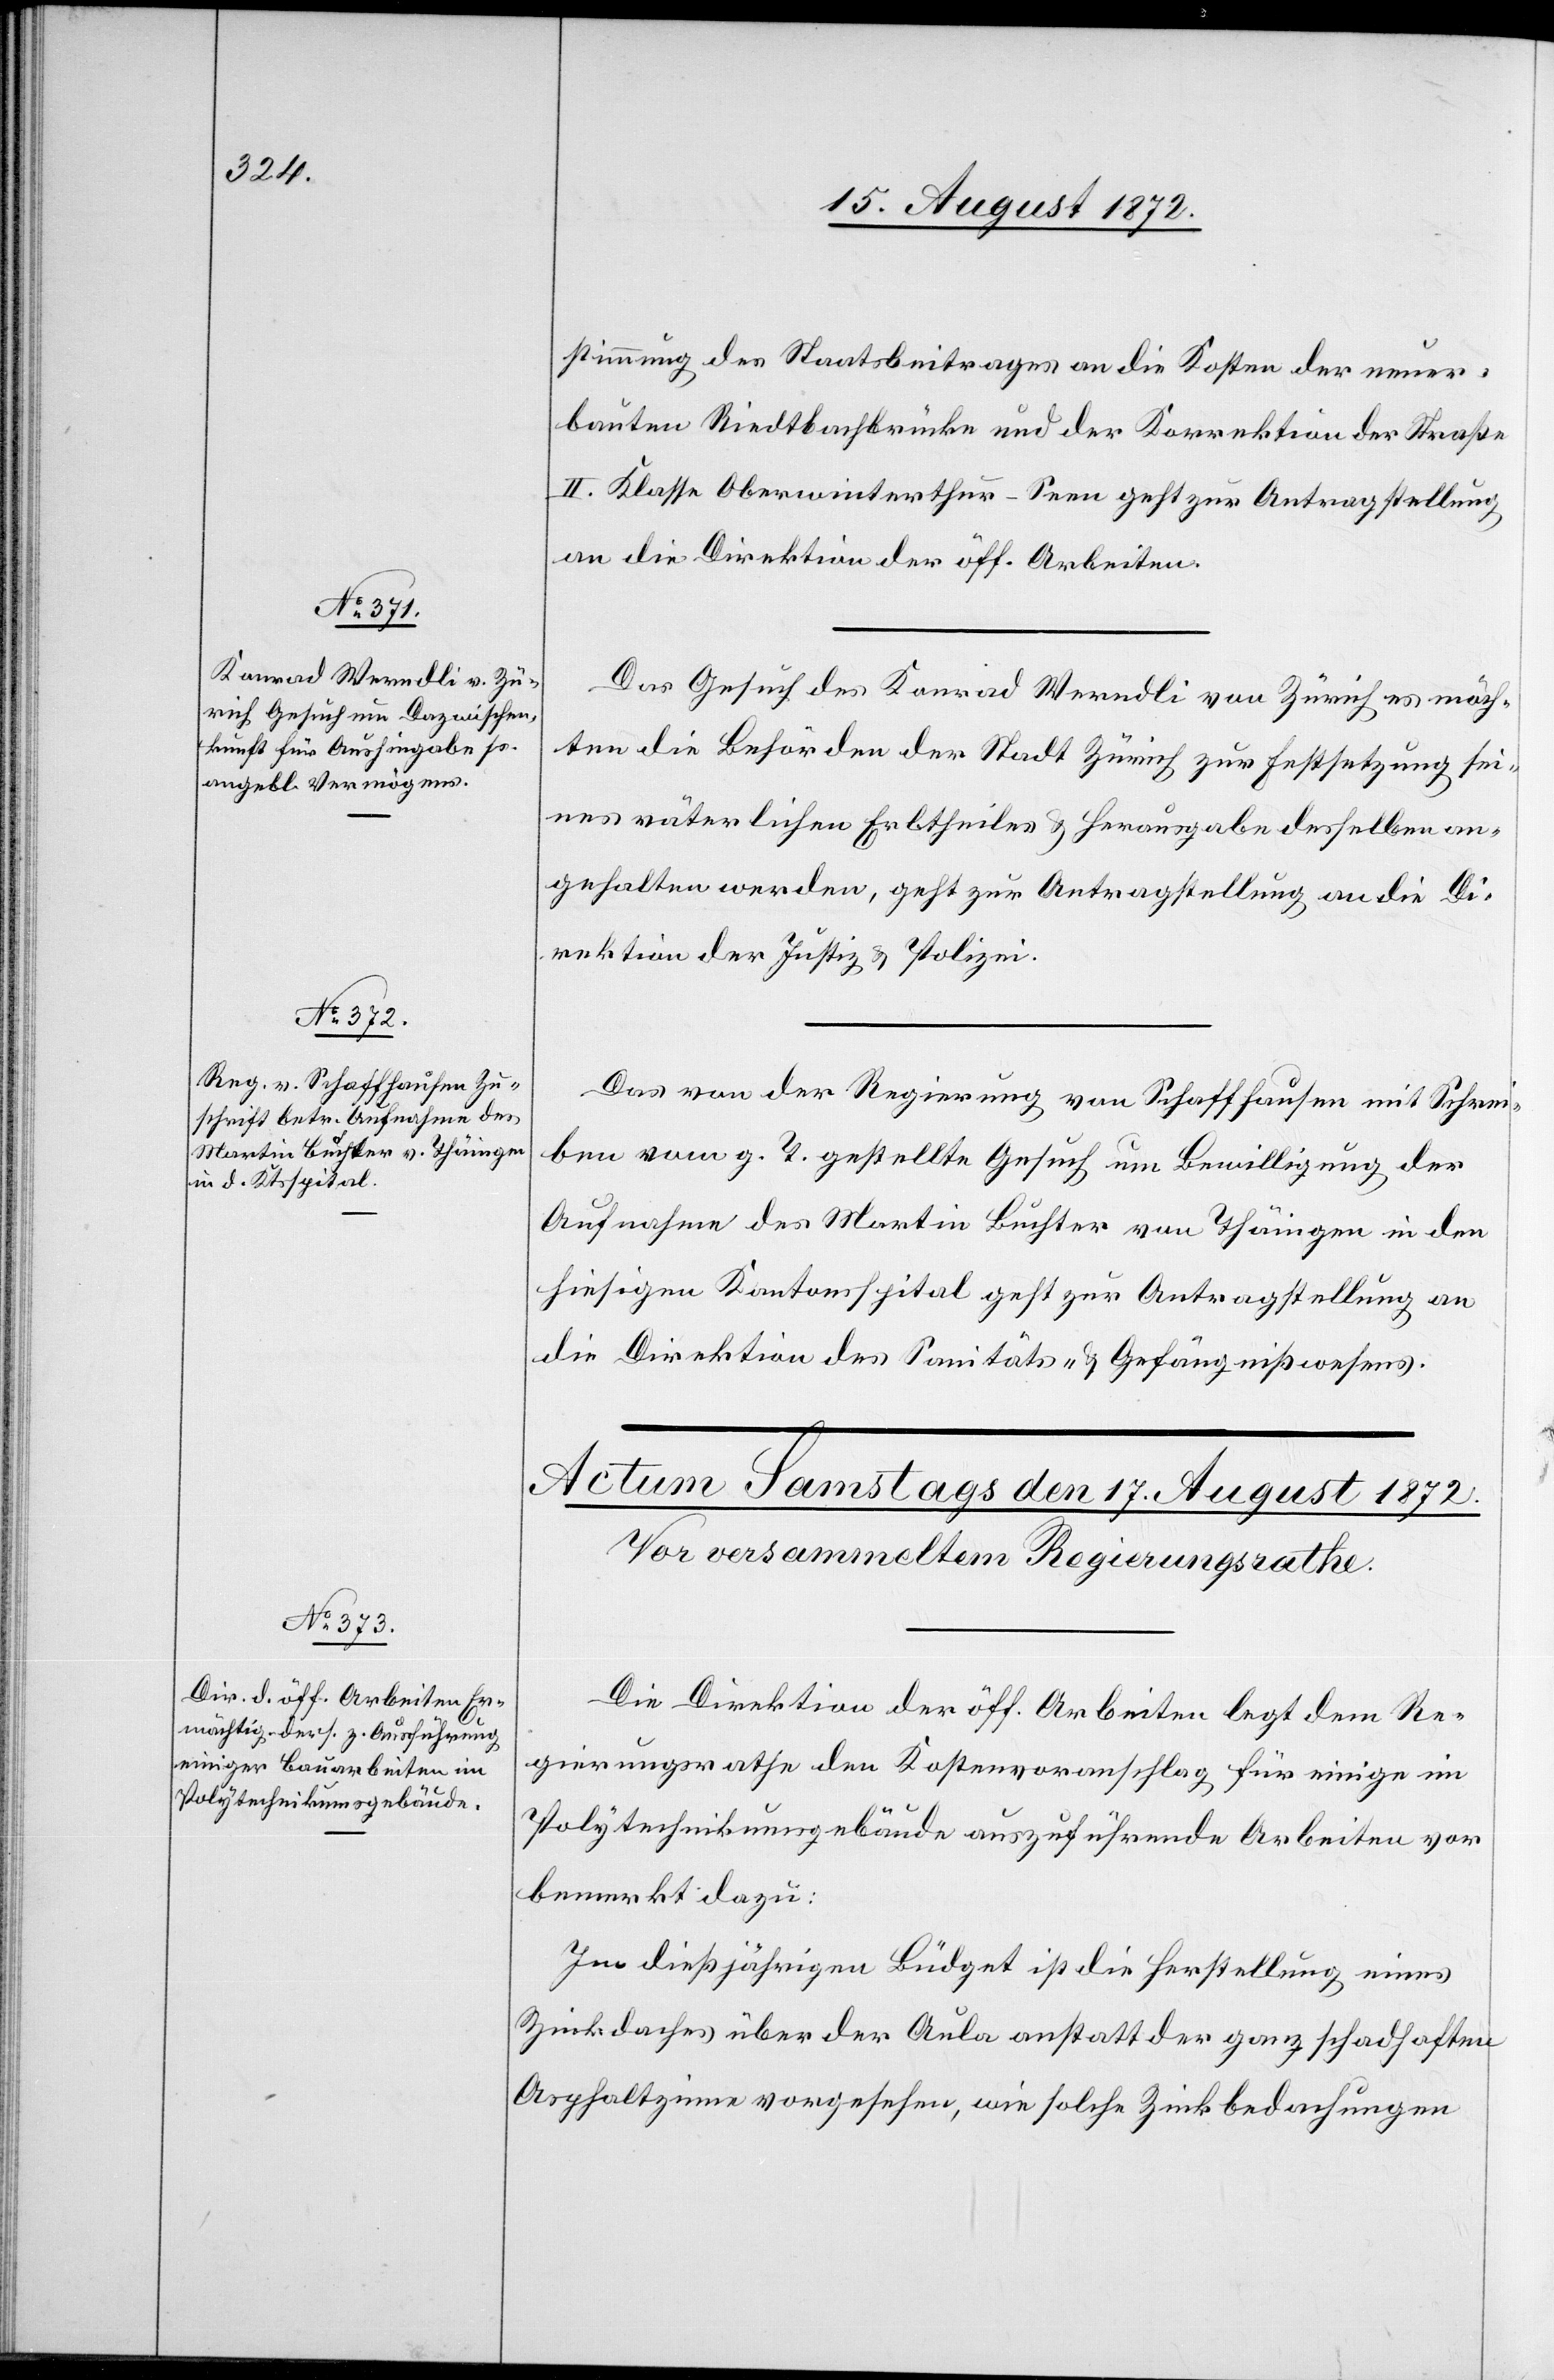
16. August 1872.]
stimmung des Staatsbeitrages an die Kosten der neuer¬
bauten Riedtbachbrücke und der Korrektion der Straße
II. Klasse Oberwinterthur–Seen geht zur Antragstellung
an die Direktion der öff. Arbeiten.
Das Gesuch des Konrad Werndli von Zürich es möch¬
ten die Behörden der Stadt Zürich zur Festsetzung sei¬
nes väterlichen Erbtheiles u. Herausgabe desselben an¬
gehalten werden, geht zur Antragstellung an die Di¬
rektion der Justiz u. Polizei.
Das von der Regierung von Schaffhausen mit Schrei¬
ben vom g. T. gestellte Gesuch um Bewilligung der
Aufnahme des Martin Buchter von Thäingen in den
hiesigen Kantonsspital geht zur Antragstellung an
die Direktion des Sanitäts- u. Gefängnißwesens.
Die Direktion der öff. Arbeiten legt dem Re¬
gierungsrathe den Kostenvoranschlag für einige im
Polytechnikumsgebäude auszuführende Arbeiten vor
bemerkt dazu:
Im dießjährigen Büdget ist die Herstellung eines
Zinkdaches über der Aula anstatt der ganz schadhaften
Asphaltzinne vorgesehen, wie solche Zinkbedachungen